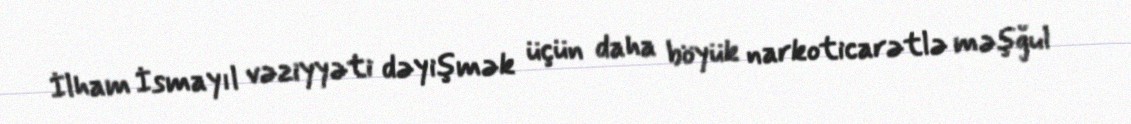
İlham İsmayıl vəziyyəti dəyişmək üçün daha böyük narkoticarətlə məşğul